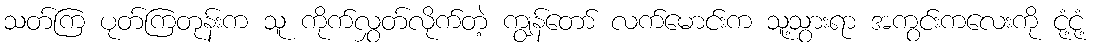
သတ်ကြ ပုတ်ကြတုန်းက သူ ကိုက်လွှတ်လိုက်တဲ့ ကျွန်တော် လက်မောင်းက သူ့သွားရာ အကွင်းကလေးကို ငုံ့ငုံ့